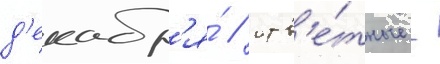
д'екабр'я́ / отв'е́тные -